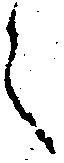
之